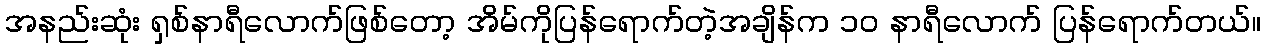
အနည်းဆုံး ရှစ်နာရီလောက်ဖြစ်တော့ အိမ်ကိုပြန်ရောက်တဲ့အချိန်က ၁၀ နာရီလောက် ပြန်ရောက်တယ်။